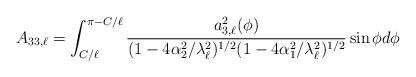
LaTeX: \begin{align*}A_{33,\ell}&= \int_{C/\ell}^{\pi -C/\ell} \frac{a^2_{3,\ell}(\phi)}{ (1-4 \alpha_2^2/\lambda_{\ell}^2)^{1/2} (1-4 \alpha_1^2/\lambda_{\ell}^2)^{1/2} } \sin \phi d \phi\end{align*}